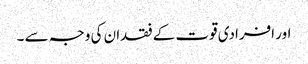
اور افرادی قوت کے فقدان کی وجہ سے ۔